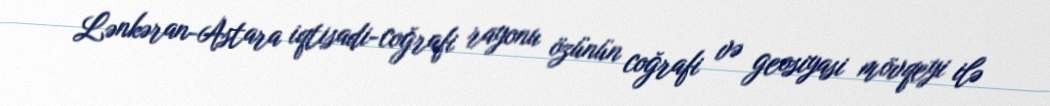
Lənkəran-Astara iqtisadi-coğrafi rayonu özünün coğrafi və geosiyasi mövqeyi ilə